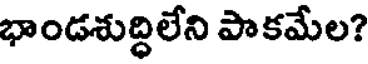
భాండశుద్ధిలేని పాకమేల?